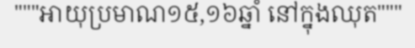
"""អាយុប្រមាណ១៥,១៦ឆ្នាំ នៅក្នុងឈុត"""